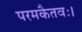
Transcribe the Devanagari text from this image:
परमकैतवः।